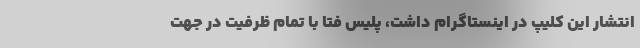
انتشار این کلیپ در اینستاگرام داشت، پلیس فتا با تمام ظرفیت در جهت